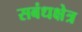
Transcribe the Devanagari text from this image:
सबंधक्षेत्र